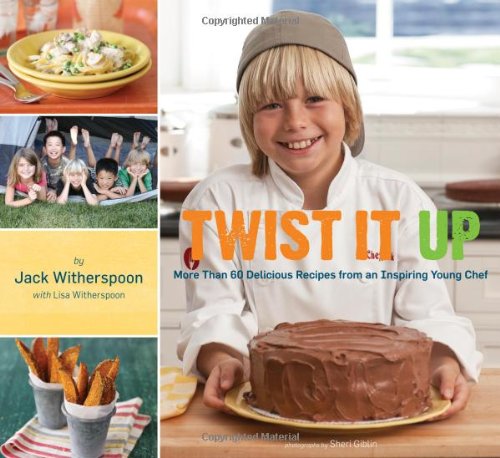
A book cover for Twist It Up: More Than 60 Delicious Recipes from an Inspiring Young Chef; Jack Witherspoon; Children's Books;